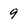
Character: 9